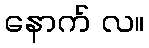
နောက် လ။